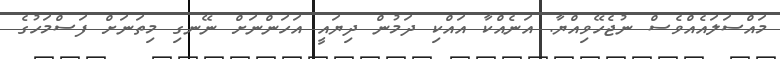
މައްސަލައެއްވެސް ނުޖެހޭވިއްޔާ. އަނެއްކާ އައްކި ދަމުން ދިޔައީ އަހަންނަށް ނޭނގި މިތަނަށް ފަސްމަހުގެ